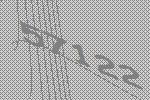
57122